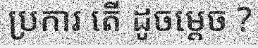
ប្រការ តើ ដូចម្តេច ?